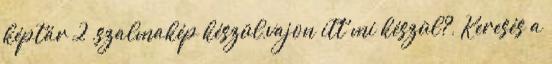
képtár 2 ,szalmakép készül,vajon itt mi készül?, Keresés a